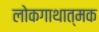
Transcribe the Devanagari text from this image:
लोकगाथात्मक